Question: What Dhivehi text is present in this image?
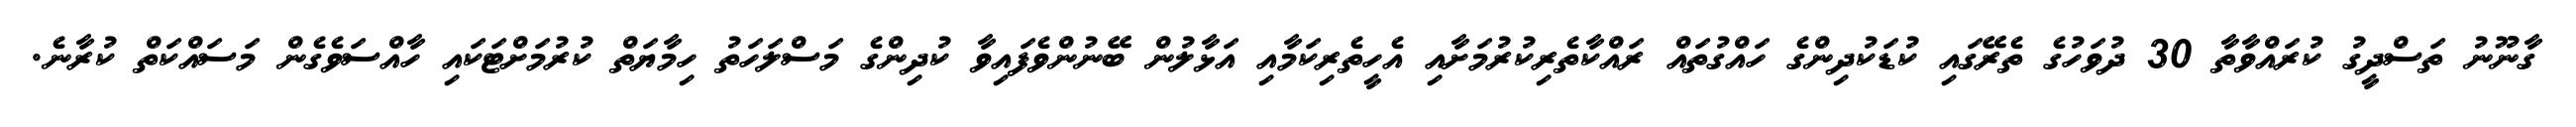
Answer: ގާނޫނު ތަސްދީގު ކުރައްވާތާ 30 ދުވަހުގެ ތެރޭގައި ކުޑަކުދިންގެ ހައްގުތައް ރައްކާތެރިކުރުމަށާއި އެހީތެރިކަމާއި އަޅާލުން ބޭނުންވެފައިވާ ކުދިންގެ މަސްލަހަތު ހިމާޔަތް ކުރުމަށްޓަކައި ހާއްސަވެގެން މަސައްކަތް ކުރާނެ.